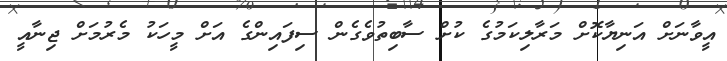
އީވާނަށް އަނިޔާކޮށް މަރާލިކަމުގެ ކުށް ސާބިތުވެގެން ސިފައިންގެ އަށް މީހަކު މެރުމަށް ޖިނާއީ